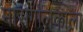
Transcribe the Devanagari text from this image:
मांसगोलकाला